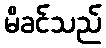
မိခင်သည်